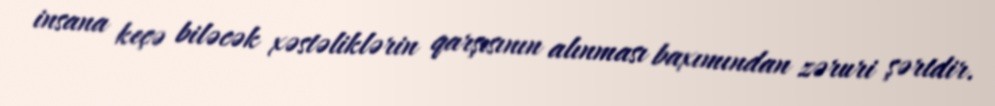
insana keçə biləcək xəstəliklərin qarşısının alınması baxımından zəruri şərtdir.